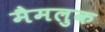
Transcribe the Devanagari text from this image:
मैमलुक